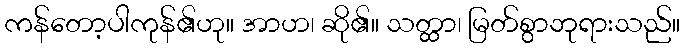
ကန်တော့ပါကုန်၏ဟု။ အာဟ၊ ဆို၏။ သတ္ထာ၊ မြတ်စွာဘုရားသည်။